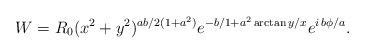
LaTeX: \begin{align*}W = R_0 (x^2 + y^2)^{ab/2(1+a^2)} e^{-b/1+a^2 \arctan y/x} e^{i\,b \phi/a}.\end{align*}